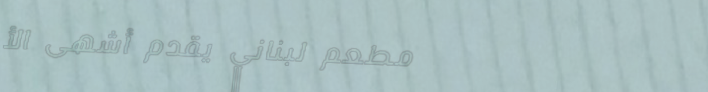
مطعم لبناني يقدم أشهى الأ